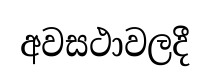
අවසථාවලදී